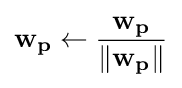
\mathbf {w_{p}} \leftarrow {\frac {\mathbf {w_{p}} }{\|\mathbf {w_{p}} \|}}